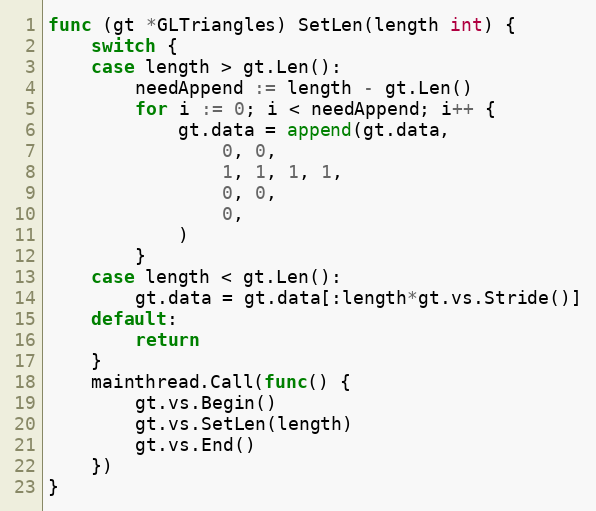
Language: Go
func (gt *GLTriangles) SetLen(length int) {
	switch {
	case length > gt.Len():
		needAppend := length - gt.Len()
		for i := 0; i < needAppend; i++ {
			gt.data = append(gt.data,
				0, 0,
				1, 1, 1, 1,
				0, 0,
				0,
			)
		}
	case length < gt.Len():
		gt.data = gt.data[:length*gt.vs.Stride()]
	default:
		return
	}
	mainthread.Call(func() {
		gt.vs.Begin()
		gt.vs.SetLen(length)
		gt.vs.End()
	})
}